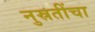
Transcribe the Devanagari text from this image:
नुस्रतींचा